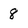
Character: 8